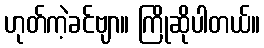
ဟုတ်ကဲ့ခင်ဗျာ။ ကြိုဆိုပါတယ်။